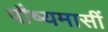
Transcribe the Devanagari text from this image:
पौष्यमासीं